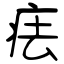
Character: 㾀